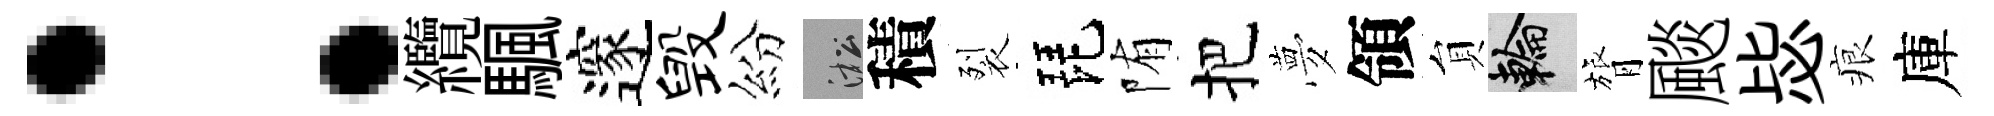
：纜颿邃毁紛淞積裂琵陏把夢領貟輪膂颷毖痕庫